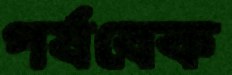
পর্যবেক